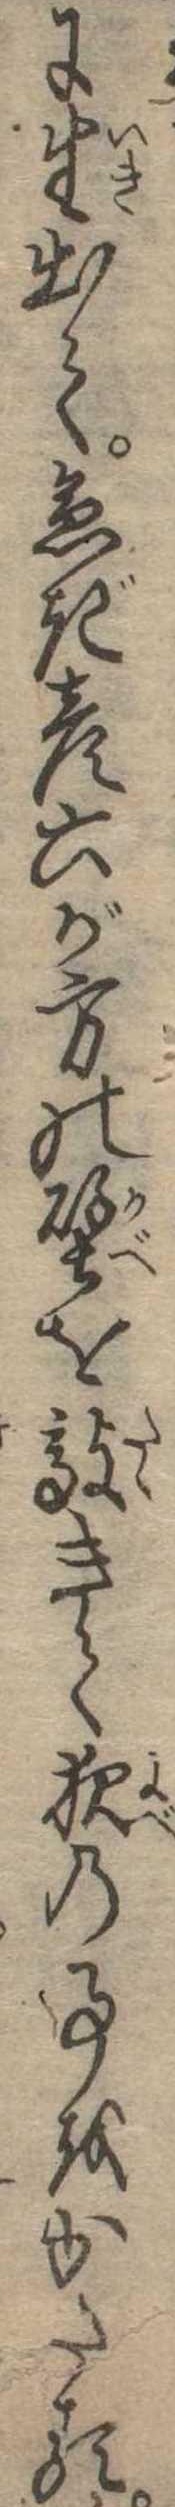
に生出て急ぎ彦六が方の壁を敲きて夜の事をかたる